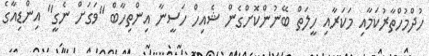
ހުދްމުހްތާރުކަމާއި މަކަރާއި ހީލަތް ބޭނުންކޮށްގެން ޝެއިހް ހަސީނާ އިންތިހާބް "ވަގަށް ނެގީ" އިންޑިއާގެ